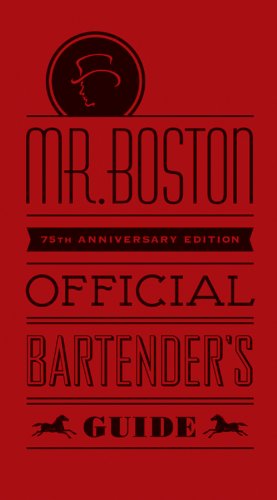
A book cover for Mr. Boston Official Bartender's Guide; Mr. Boston; Cookbooks, Food & Wine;